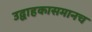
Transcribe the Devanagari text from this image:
उद्वाहकासमानच